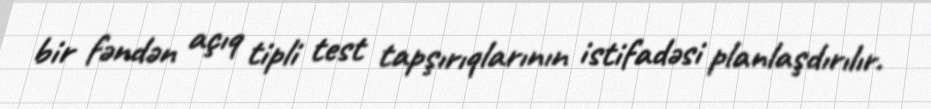
bir fəndən açıq tipli test tapşırıqlarının istifadəsi planlaşdırılır.